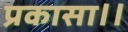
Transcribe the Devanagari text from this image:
प्रकासा।।